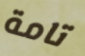
تامة